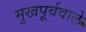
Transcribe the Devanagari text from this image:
मुखपूर्ववाले